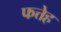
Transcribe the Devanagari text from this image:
फत्तेह